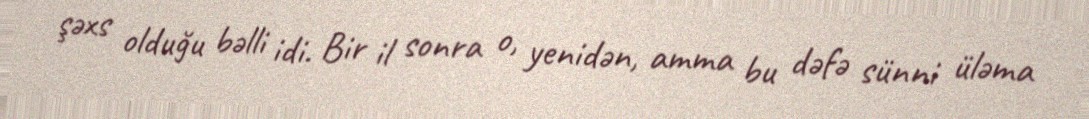
şəxs olduğu bəlli idi. Bir il sonra o, yenidən, amma bu dəfə sünni üləma